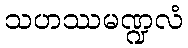
သဟဿမဏ္ဍလံ